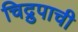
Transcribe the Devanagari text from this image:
चिद्रुपाची